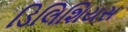
ડિલિશિયસ